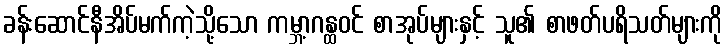
ခန်းဆောင်နီအိပ်မက်ကဲ့သို့သော ကမ္ဘာ့ဂန္ထဝင် စာအုပ်များနှင့် သူ၏ စာဖတ်ပရိသတ်များကို